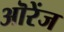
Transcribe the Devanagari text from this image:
ऒरेंज